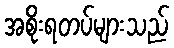
အစိုးရတပ်များသည်